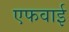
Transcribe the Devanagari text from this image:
एफवाई